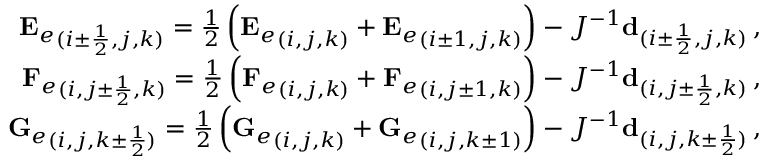
\begin{array} { r } { { \mathbf { E } _ { e } } _ { ( i \pm \frac { 1 } { 2 } , j , k ) } = \frac { 1 } { 2 } \left( { \mathbf { E } _ { e } } _ { ( i , j , k ) } + { \mathbf { E } _ { e } } _ { ( i \pm 1 , j , k ) } \right) - J ^ { - 1 } \mathbf { d } _ { ( i \pm \frac { 1 } { 2 } , j , k ) } \, \mathrm { , } } \\ { { \mathbf { F } _ { e } } _ { ( i , j \pm \frac { 1 } { 2 } , k ) } = \frac { 1 } { 2 } \left( { \mathbf { F } _ { e } } _ { ( i , j , k ) } + { \mathbf { F } _ { e } } _ { ( i , j \pm 1 , k ) } \right) - J ^ { - 1 } \mathbf { d } _ { ( i , j \pm \frac { 1 } { 2 } , k ) } \, \mathrm { , } } \\ { { \mathbf { G } _ { e } } _ { ( i , j , k \pm \frac { 1 } { 2 } ) } = \frac { 1 } { 2 } \left( { \mathbf { G } _ { e } } _ { ( i , j , k ) } + { \mathbf { G } _ { e } } _ { ( i , j , k \pm 1 ) } \right) - J ^ { - 1 } \mathbf { d } _ { ( i , j , k \pm \frac { 1 } { 2 } ) } \, \mathrm { , } } \end{array}